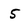
Character: 5